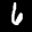
Label: 6